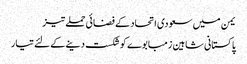
یمن میں سعودی اتحاد کے فضائی حملے تیز
پاکستانی شاہین زمبابوے کوشکست دینے کے لئے تیار